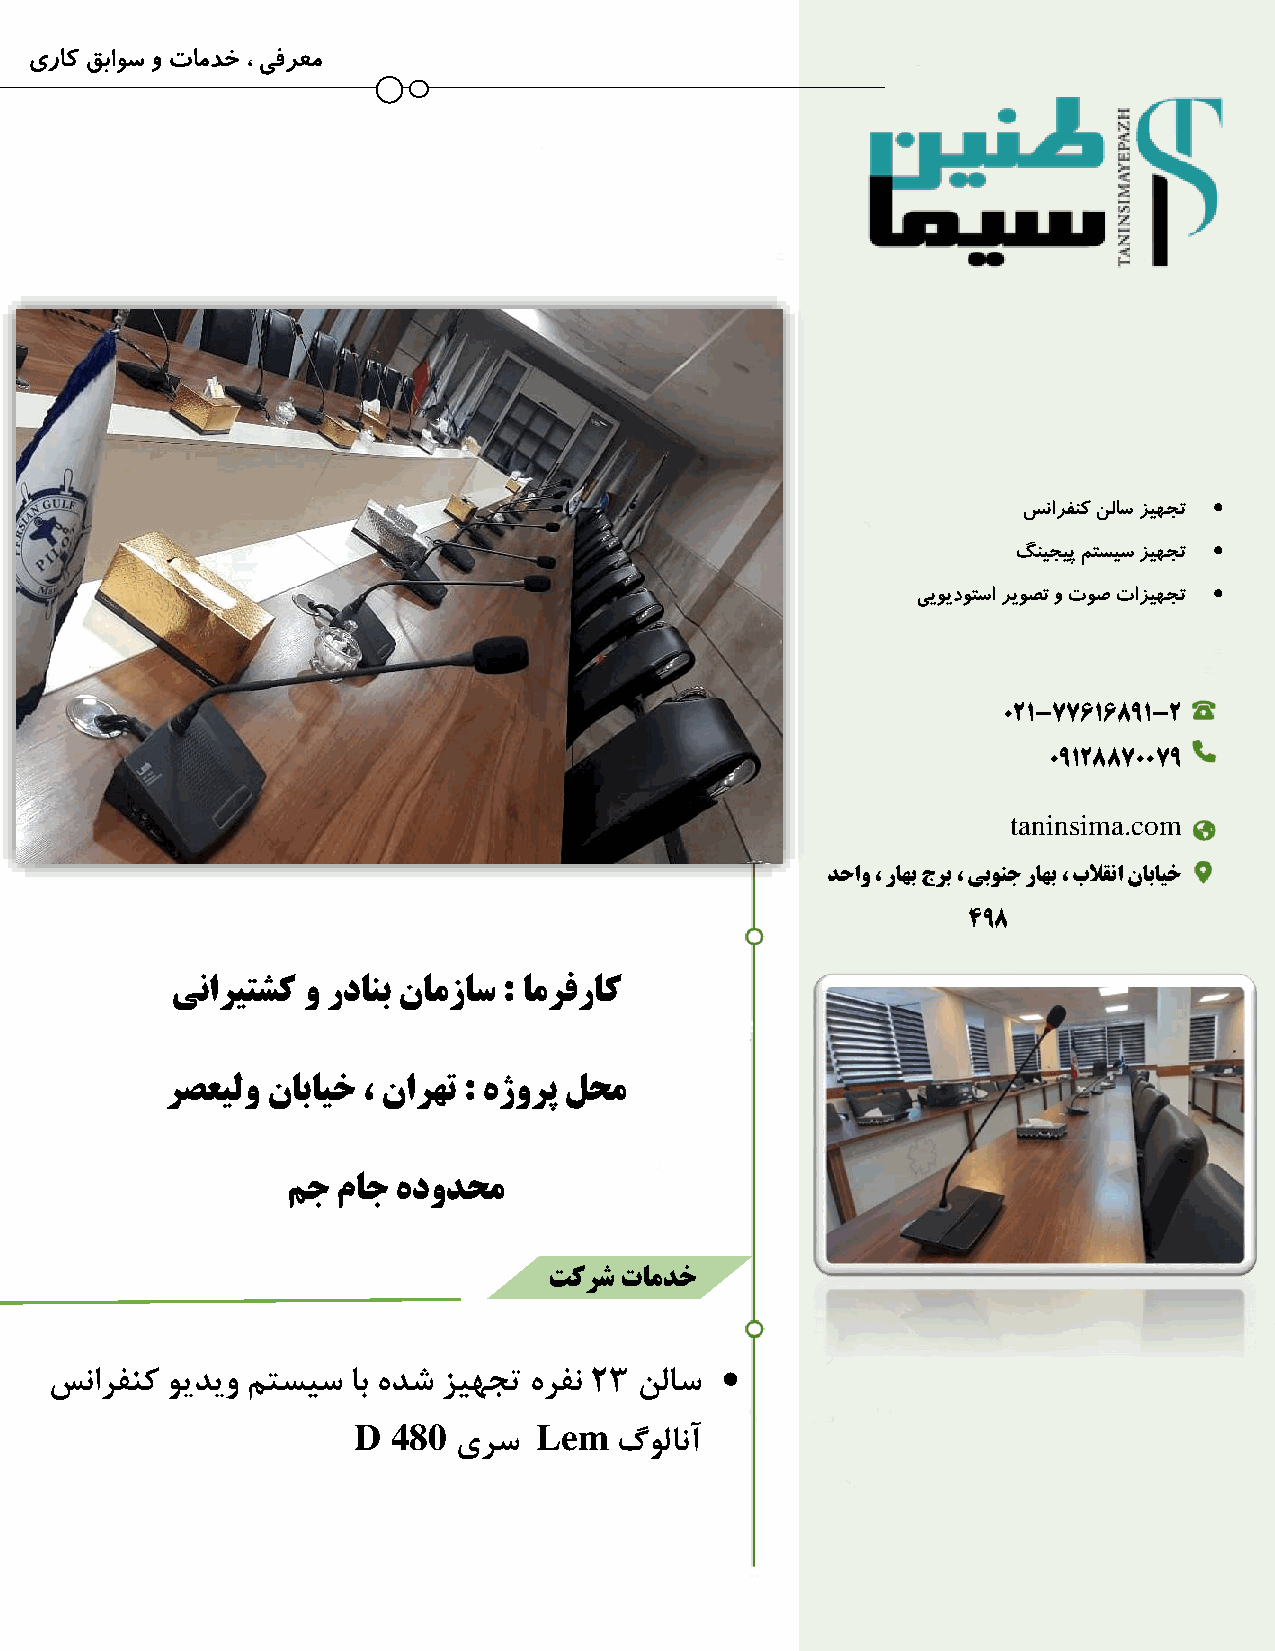
یراک قباوس و تامدخ ، یفرعم
 
 سنارفنک نلاس زیهجت
 
 گنیجیپ متسیس زیهجت
 
 ییویدوتسا ریوصت و توص تازیهجت
 021-77616891-2
 09128870079
 taninsi ma.com
 دحاو ، راهب جرب ، یبونج راهب ، بلاقنا نابایخ
 498
 یناریتشک و ردانب نامزاس : امرفراک
 رصعیلو نابایخ ، نارهت : هژورپ لحم
 مج ماج هدودحم
 تکرش تامدخ
 
 سنارفنک ویدیو متسیس اب هدش ز یهجت هرفن 23 نلاس
 D  480      Lem
 یرس        گولانآ